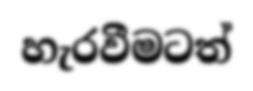
හැරවීමටත්